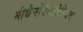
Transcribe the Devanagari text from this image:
मीथैनोबैक्टीरियम